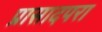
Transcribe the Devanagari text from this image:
प्रासादपरा